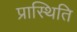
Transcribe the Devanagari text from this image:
प्रास्थिति